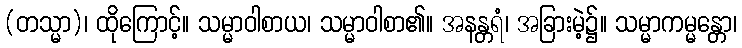
(တသ္မာ)၊ ထိုကြောင့်။ သမ္မာဝါစာယ၊ သမ္မာဝါစာ၏။ အနန္တရံ၊ အခြားမဲ့၌။ သမ္မာကမ္မန္တော၊